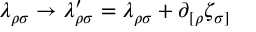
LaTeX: \lambda _ { \rho \sigma } \rightarrow \lambda _ { \rho \sigma } ^ { \prime } = \lambda _ { \rho \sigma } + \partial _ { [ \rho } \zeta _ { \sigma ] }